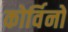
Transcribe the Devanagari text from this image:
कोर्विनो